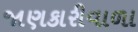
જાણકારીવાળા